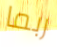
ربما